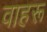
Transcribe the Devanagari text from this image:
वाहरू